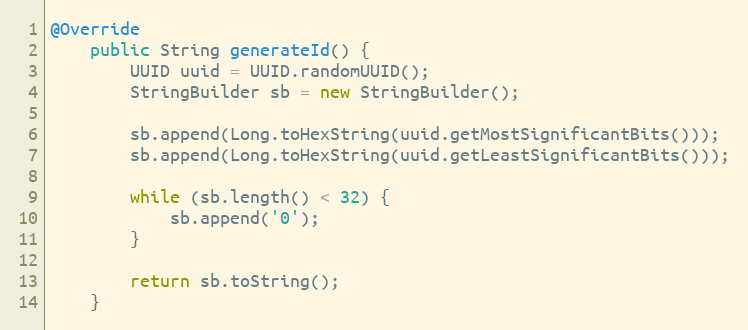
Language: Java
@Override
    public String generateId() {
        UUID uuid = UUID.randomUUID();
        StringBuilder sb = new StringBuilder();

        sb.append(Long.toHexString(uuid.getMostSignificantBits()));
        sb.append(Long.toHexString(uuid.getLeastSignificantBits()));

        while (sb.length() < 32) {
            sb.append('0');
        }

        return sb.toString();
    }